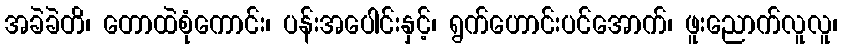
အခဲခဲတိ၊ တောထဲစုံကောင်း၊ ပန်းအပေါင်းနှင့်၊ ရွက်ဟောင်းပင်အောက်၊ ဖူးညောက်လူလူ၊